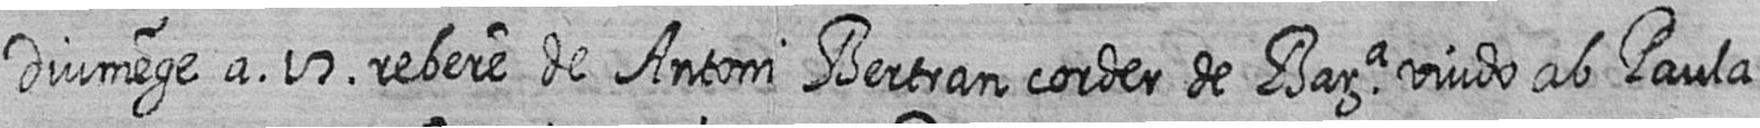
Diumege a 17 rebere de Antoni Bertran corder de Bara viudo ab Paula